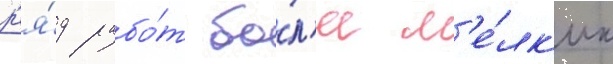
р'я́д рабо́т бо́л'ее м'е́лк'их